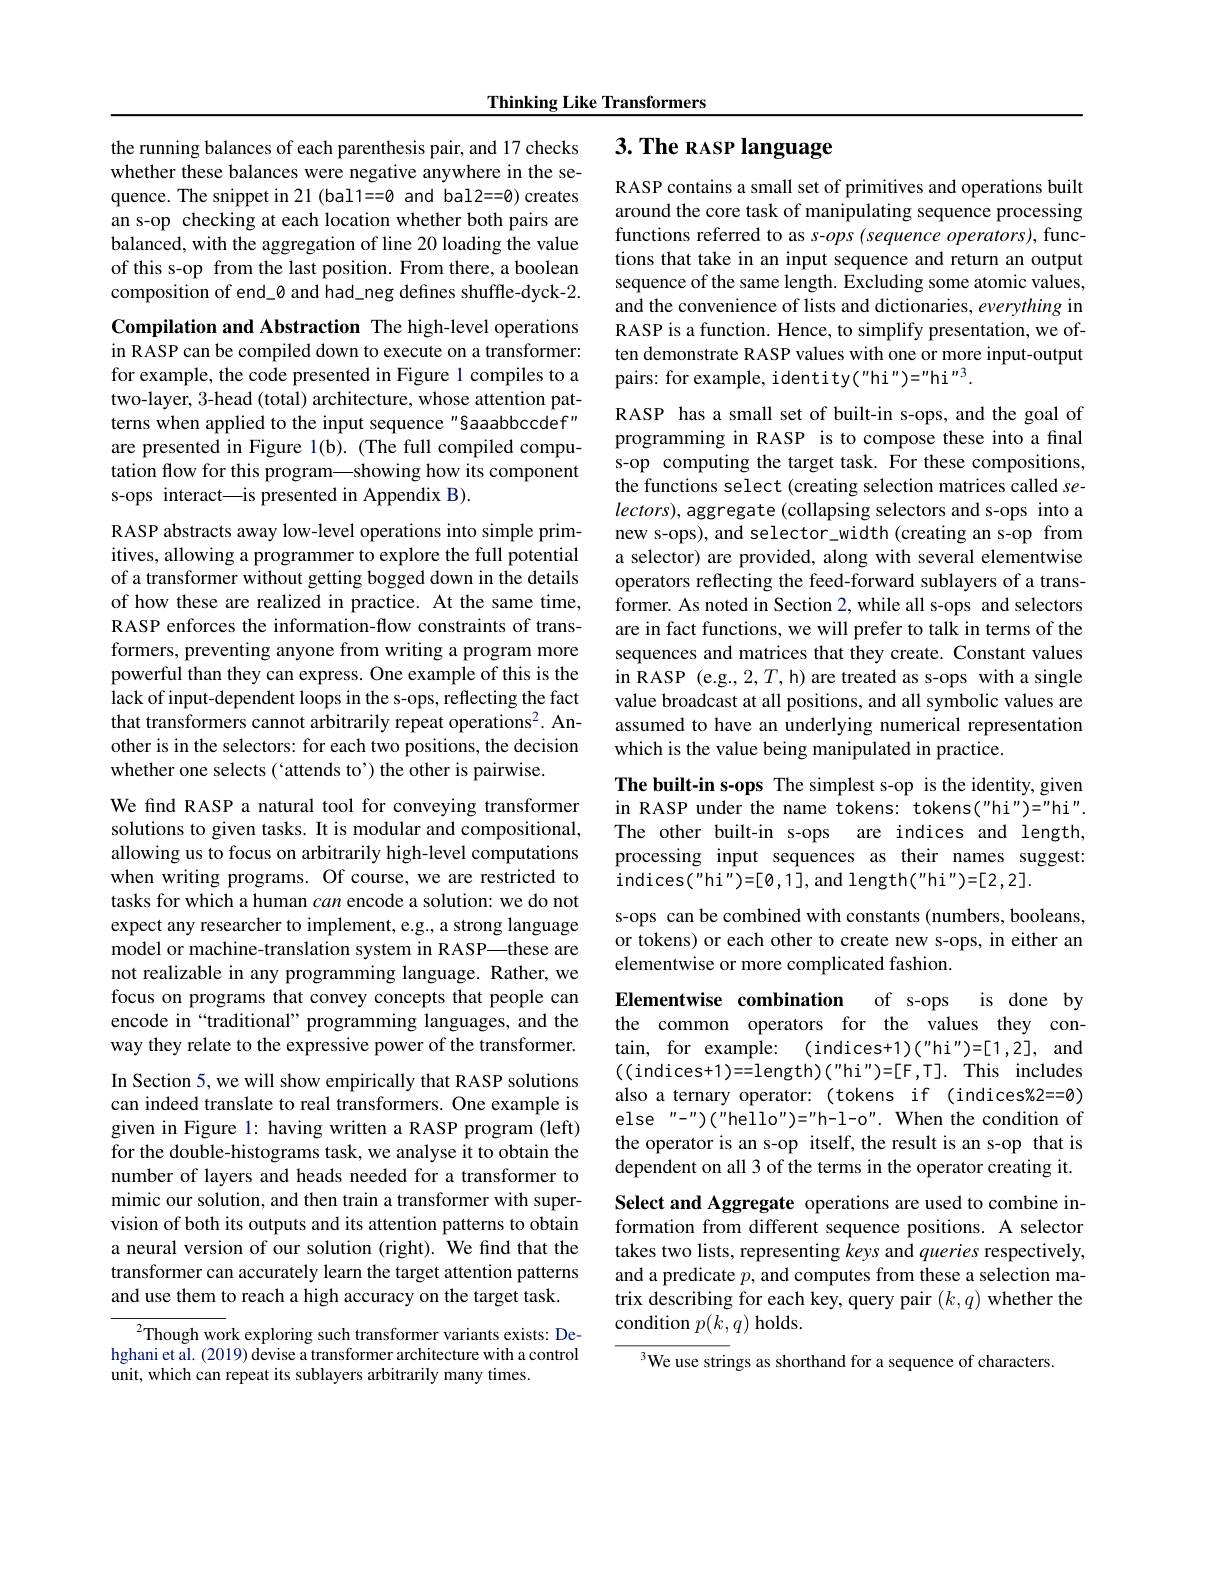
Thinking Like Transformers

the running balances of each parenthesis pair, and 17 checks whether these balances were negative anywhere in the sequence. The snippet in 21 (bal1==0 and bal2==0) creates an s-op checking at each location whether both pairs are balanced, with the aggregation of line 20 loading the value of this s-op from the last position. From there, a boolean composition of end\_0 and had\_neg defines shuffle-dyck-2.

Compilation and Abstraction The high-level operations

in RASP can be compiled down to execute on a transformer: for example, the code presented in Figure 1 compiles to a two-layer, 3-head (total) architecture, whose attention patterns when applied to the input sequence "Saaabbccdef" are presented in Figure 1(b). (The full compiled computation flow for this program—showing how its component s-ops interact—is presented in Appendix B).

RASP abstracts away low-level operations into simple primitives, allowing a programmer to explore the full potential of a transformer without getting bogged down in the details of how these are realized in practice. At the same time, RASP enforces the information-flow constraints of transformers, preventing anyone from writing a program more powerful than they can express. One example of this is the lack of input-dependent loops in the s-ops, reflecting the fact that transformers cannot arbitrarily repeat operations$^2.$ Another is in the selectors: for each two positions, the decision whether one selects (“attends to’) the other is pairwise.

We find RASP a natural tool for conveying transformer

solutions to given tasks. It is modular and compositional,

allowing us to focus on arbitrarily high-level computations

when writing programs. Of course, we are restricted to

tasks for which a human can encode a solution: we do not

expect any researcher to implement, e.g., a strong language

model or machine-translation system in RASP—these are

not realizable in any programming language. Rather, we

focus on programs that convey concepts that people can

encode in“traditional”programming languages, and the

way they relate to the expressive power of the transformer.

In Section 5, we will show empirically that RASP solutions

can indeed translate to real transformers. One example is

given in Figure 1: having written a RASP program (left)

for the double-histograms task, we analyse it to obtain the

number of layers and heads needed for a transformer to

mimic our solution, and then train a transformer with super-

vision of both its outputs and its attention patterns to obtain

a neural version of our solution (right). We find that the

transformer can accurately learn the target attention patterns

and use them to reach a high accuracy on the target task.

$^{2}$Though work exploring such transformer variants exists: Dehghani et al. (2019) devise a transformer architecture with a control unit, which can repeat its sublayers arbitrarily many times.

# 3. The RASP language

RASP contains a small set of primitives and operations built around the core task of manipulating sequence processing functions referred to as s-$ops( sequence\textit{operators}) $,functions that take in an input sequence and return an output sequence of the same length. Excluding some atomic values, and the convenience of lists and dictionaries, everything in RASP is a function. Hence, to simplify presentation, we often demonstrate RASP values with one or more input-output pairs: for example, identity("hi")="hi"3.

RASP has a small set of built-in s-ops, and the goal of programming in RASP is to compose these into a final s-op computing the target task. For these compositions, the functions select (creating selection matrices called se- $lectors)$, aggregate (collapsing selectors and s-ops into a new s-ops), and selector\_width (creating an s-op from a selector) are provided, along with several elementwise operators reflecting the feed-forward sublayers of a transformer. As noted in Section 2, while all s-ops and selectors are in fact functions, we will prefer to talk in terms of the sequences and matrices that they create. Constant values in RASP (e.g.,2,T,h) are treated as s-ops with a single value broadcast at all positions, and all symbolic values are assumed to have an underlying numerical representation which is the value being manipulated in practice.

The built-in s-ops The simplest s-op is the identity, given

in RASP under the name tokens: tokens("hi")="hi".

The other built-in s-ops are indices and length,

processing input sequences as their names suggest:

indices( " hi" ) = [ 0, 1] , and length( " hi" ) = [ 2, 2] .

s-ops can be combined with constants (numbers, booleans,

or tokens) or each other to create new s-ops, in either an

elementwise or more complicated fashion.

Elementwise combination of s-ops is done by

the common operators for the values they con-

tain, for example:

(indices+1$) ( ^\prime \prime$hi" )=[1,2], and

((indices+1)==length)("hi")=[F,T].This~includes

also a ternary operator: (tokens if (indices%2==0)

else "-")("hello")="h-l-o". When the condition of

the operator is an s-op itself, the result is an s-op that is

dependent on all 3 of the terms in the operator creating it.

Select and Aggregate operations are used to combine information from different sequence positions. A selector takes two lists, representing keys and queries respectively, and a predicate $p$, and computes from these a selection matrix describing for each key, query pair $(k,q)$ whether the condition $p(k,q)$ holds.

$^3$We use strings as shorthand for a sequence of characters.